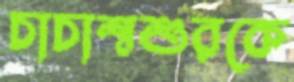
চাচাশ্বশুরকে